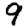
Digit: 9